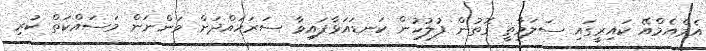
އެމްއެމްއޭ ކައިރީގައި ސަލަމާތީ ގޮތުން ފުލުހުން ކަނޑައަޅާފައިވާ ސަރަހައްދަށް ވަންނަން މަސައްކަތް ކުރި